system: You are a helpful assistant.
user:
Analyze the provided spectrum to determine if it is a **Carbon Star (C-type)**.

- **Key Visual Indicators of Carbon Star:**
    - **(Primary):** Strong molecular absorption from **C₂ (diatomic carbon) "Swan Bands."** This is the **defining feature** of a carbon star.
        - **(Key Bandheads):** Sharp absorption edges are visible at approximately $5635$ Å, $5165$ Å (the strongest band), and $4737$ Å.
        - **(Line Profile):** Creates a distinct **"saw-tooth"** pattern. The key morphology is a sharp, steep bandhead on the **red (long-wavelength) side**, which then gradually tapers off (i.e., flux recovers) towards the **blue (short-wavelength) side**. *(This is the direct opposite of the TiO bands seen in M-type stars)*.

    - **(Secondary):** Intense **CN (cyanogen)** molecular absorption bands.
        - **(Key Bandheads):** Located in the blue and violet regions of the spectrum (e.g., near $4215$ Å and $3883$ Å).
        - **(Morphology):** These bands are extremely broad and act as a "blanket," absorbing the vast majority of blue and violet light. This creates a characteristic **"cliff"** or **"steep drop-off"** in the spectrum's flux at short wavelengths.

    - **(Key Confirmation):** Strong **CH absorption band (G-band)**.
        - **(Key Bandhead):** Located around $4300$ Å. The contribution from CH molecules to this band is exceptionally strong.

    - **(Overall Spectrum):**
        - The continuum is severely "chopped up" by these deep molecular bands, especially C₂, rather than appearing as a smooth curve.
        - Due to the heavy CN and C₂ absorption in the blue-green, the vast majority of the star's flux is concentrated in the red part of the spectrum, giving the star its characteristic deep red color.

Think first, call **spectral_visualization_tool** if needed to examine features in detail, then provide your final answer. Your response must adhere to the following strict rules:
1.  **Overall Structure:** Your response must follow the format `<think>...</think> <tool_call>...</tool_call> (if a tool is used) <answer>...</answer>`.
2.  **Tool Usage Constraint:** You may only make **one** tool call per turn.
3.  **Final Answer Format:** In the `<answer>` tag, your conclusion must be inside a `\boxed{}` command (e.g., `\boxed{YES}`), followed by your justification.

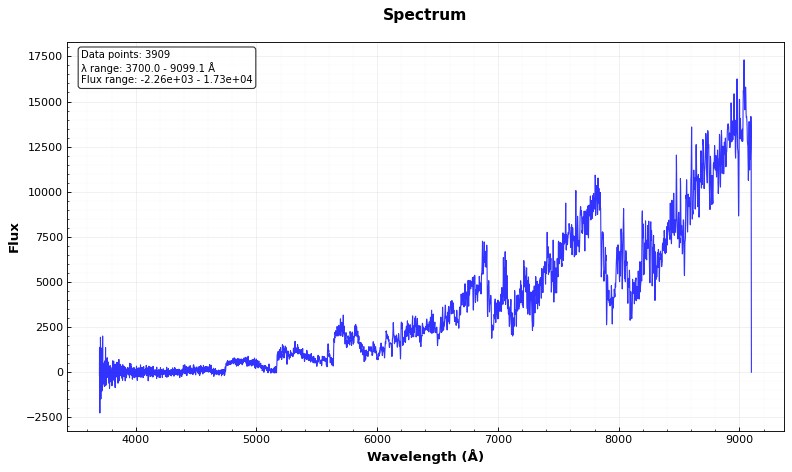
Answer: YES